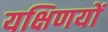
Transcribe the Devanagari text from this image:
यक्षिणयों